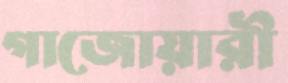
গাজোয়ারী